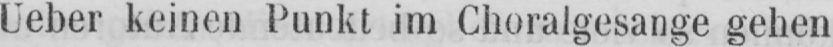
Ueber keinen Punkt im Choralgesange gehen